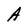
Character: A